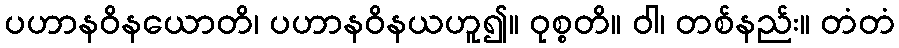
ပဟာနဝိနယောတိ၊ ပဟာနဝိနယဟူ၍။ ဝုစ္စတိ။ ဝါ၊ တစ်နည်း။ တံတံ